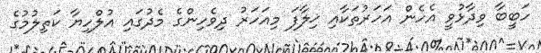
ހަބީބާ ވިދާޅުވީ އެހެން އަހަރުތަކާއި ޚިލާފަ މިއަހަރު ދިވެހިންގެ މެދުގައި އުލްހިޔާ ކަތިލުމުގެ